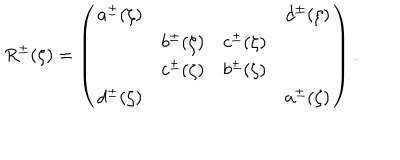
R ^ { \pm } ( \zeta ) = \left( \begin{array} { c c c c } { { a ^ { \pm } ( \zeta ) } } & { { } } & { { } } & { { d ^ { \pm } ( \zeta ) } } \\ { { } } & { { b ^ { \pm } ( \zeta ) } } & { { c ^ { \pm } ( \zeta ) } } & { { } } \\ { { } } & { { c ^ { \pm } ( \zeta ) } } & { { b ^ { \pm } ( \zeta ) } } & { { } } \\ { { d ^ { \pm } ( \zeta ) } } & { { } } & { { } } & { { a ^ { \pm } ( \zeta ) } } \\ \end{array} \right) .